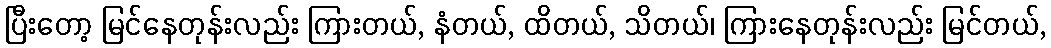
ပြီးတော့ မြင်နေတုန်းလည်း ကြားတယ်, နံတယ်, ထိတယ်, သိတယ်၊ ကြားနေတုန်းလည်း မြင်တယ်,